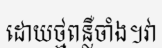
ដោយថ្មពន្លឺចាំង។វា